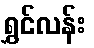
ရွှင်လန်း